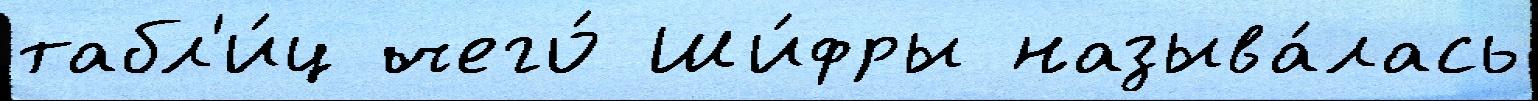
табл'и́ц чего́ Ши́фры называ́лась